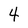
Character: 4